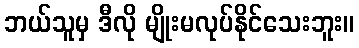
ဘယ်သူမှ ဒီလို မျိုးမလုပ်နိုင်သေးဘူး။